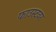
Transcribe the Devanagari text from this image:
फाउस्टवर